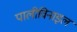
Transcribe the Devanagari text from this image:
पालीविनाइल